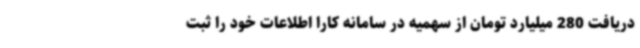
دریافت 280 میلیارد تومان از سهمیه در سامانه کارا اطلاعات خود را ثبت